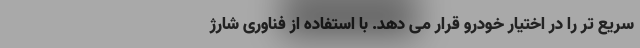
سریع تر را در اختیار خودرو قرار می دهد. با استفاده از فناوری شارژ